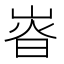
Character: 𡸱